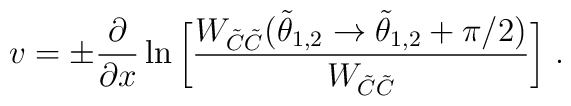
v  =  \pm {\partial\over \partial x}\ln \bigg [{W_{\tilde C \tilde C}(\tilde \theta_{1,2}\rightarrow \tilde\theta_{1,2}+\pi/2)\over W_{\tilde C \tilde C}}\bigg]~.